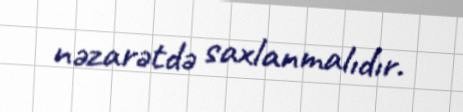
nəzarətdə saxlanmalıdır.